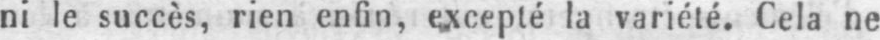
ni le succès, rien enfin, excepté la variété. Cela ne